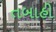
તબાહી